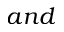
a n d